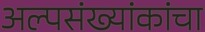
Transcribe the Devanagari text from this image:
अल्पसंख्यांकांचा